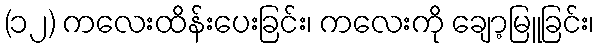
(၁၂) ကလေးထိန်းပေးခြင်း၊ ကလေးကို ချော့မြူခြင်း၊